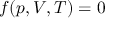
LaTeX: f ( p , V , T ) = 0